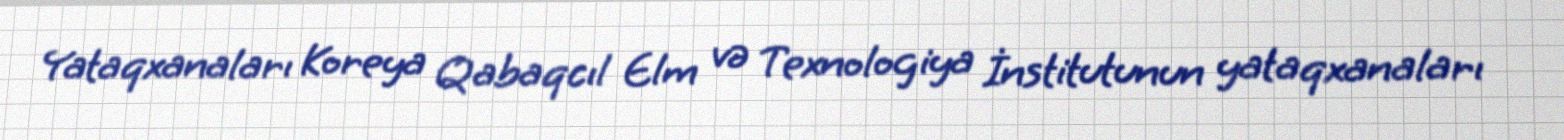
Yataqxanaları Koreya Qabaqcıl Elm və Texnologiya İnstitutunun yataqxanaları